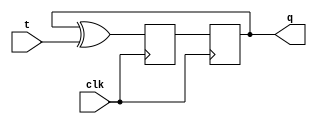
module t_flipflop (
    input wire clk,
    input wire t,
    output reg q
);

reg d;

always @ (posedge clk) begin
    d <= q ^ t;
end

always @ (negedge clk) begin
    q <= d;
end

endmodule